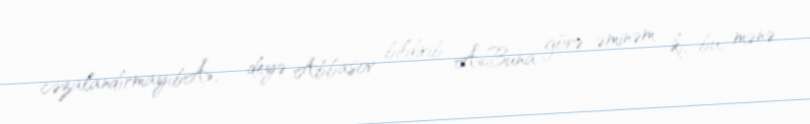
cəzalandırmayıbÂ», - deyə Abbasov bildirib: Â«Buna görə əminəm ki, bu, mənə